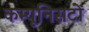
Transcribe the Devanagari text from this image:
कम्यूनिसटों